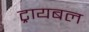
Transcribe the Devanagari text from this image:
ट्रायबल